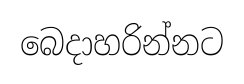
බෙදාහරින්නට